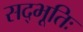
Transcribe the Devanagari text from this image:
सद्भूतिः